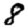
Digit: 8